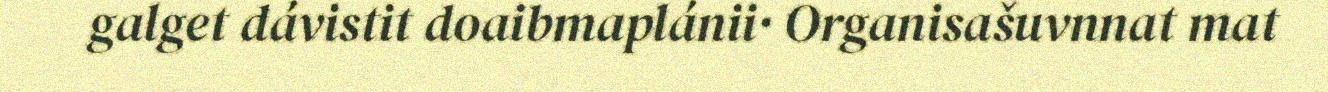
galget dávistit doaibmaplánii· Organisašuvnnat mat